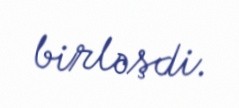
birləşdi.